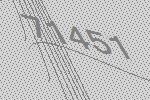
71451